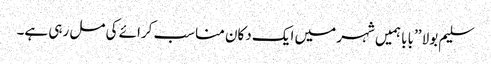
سلیم بولا ’’بابا ہمیں شہر میں ایک دکان مناسب کرائے کی مل رہی ہے۔